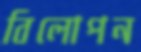
বিলোপন